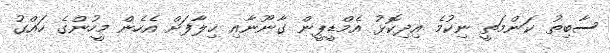
ސާބިތު ކަންމަތީ ނިކުމެ އިދިކޮޅު އެމްޑީޕީން ގާނޫނާއި ޚިލާފަށް އެހެން މީހުންގެ ހައްގު